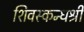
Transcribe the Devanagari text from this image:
शिवस्कन्धश्री